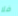
فلا